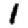
Digit: 1